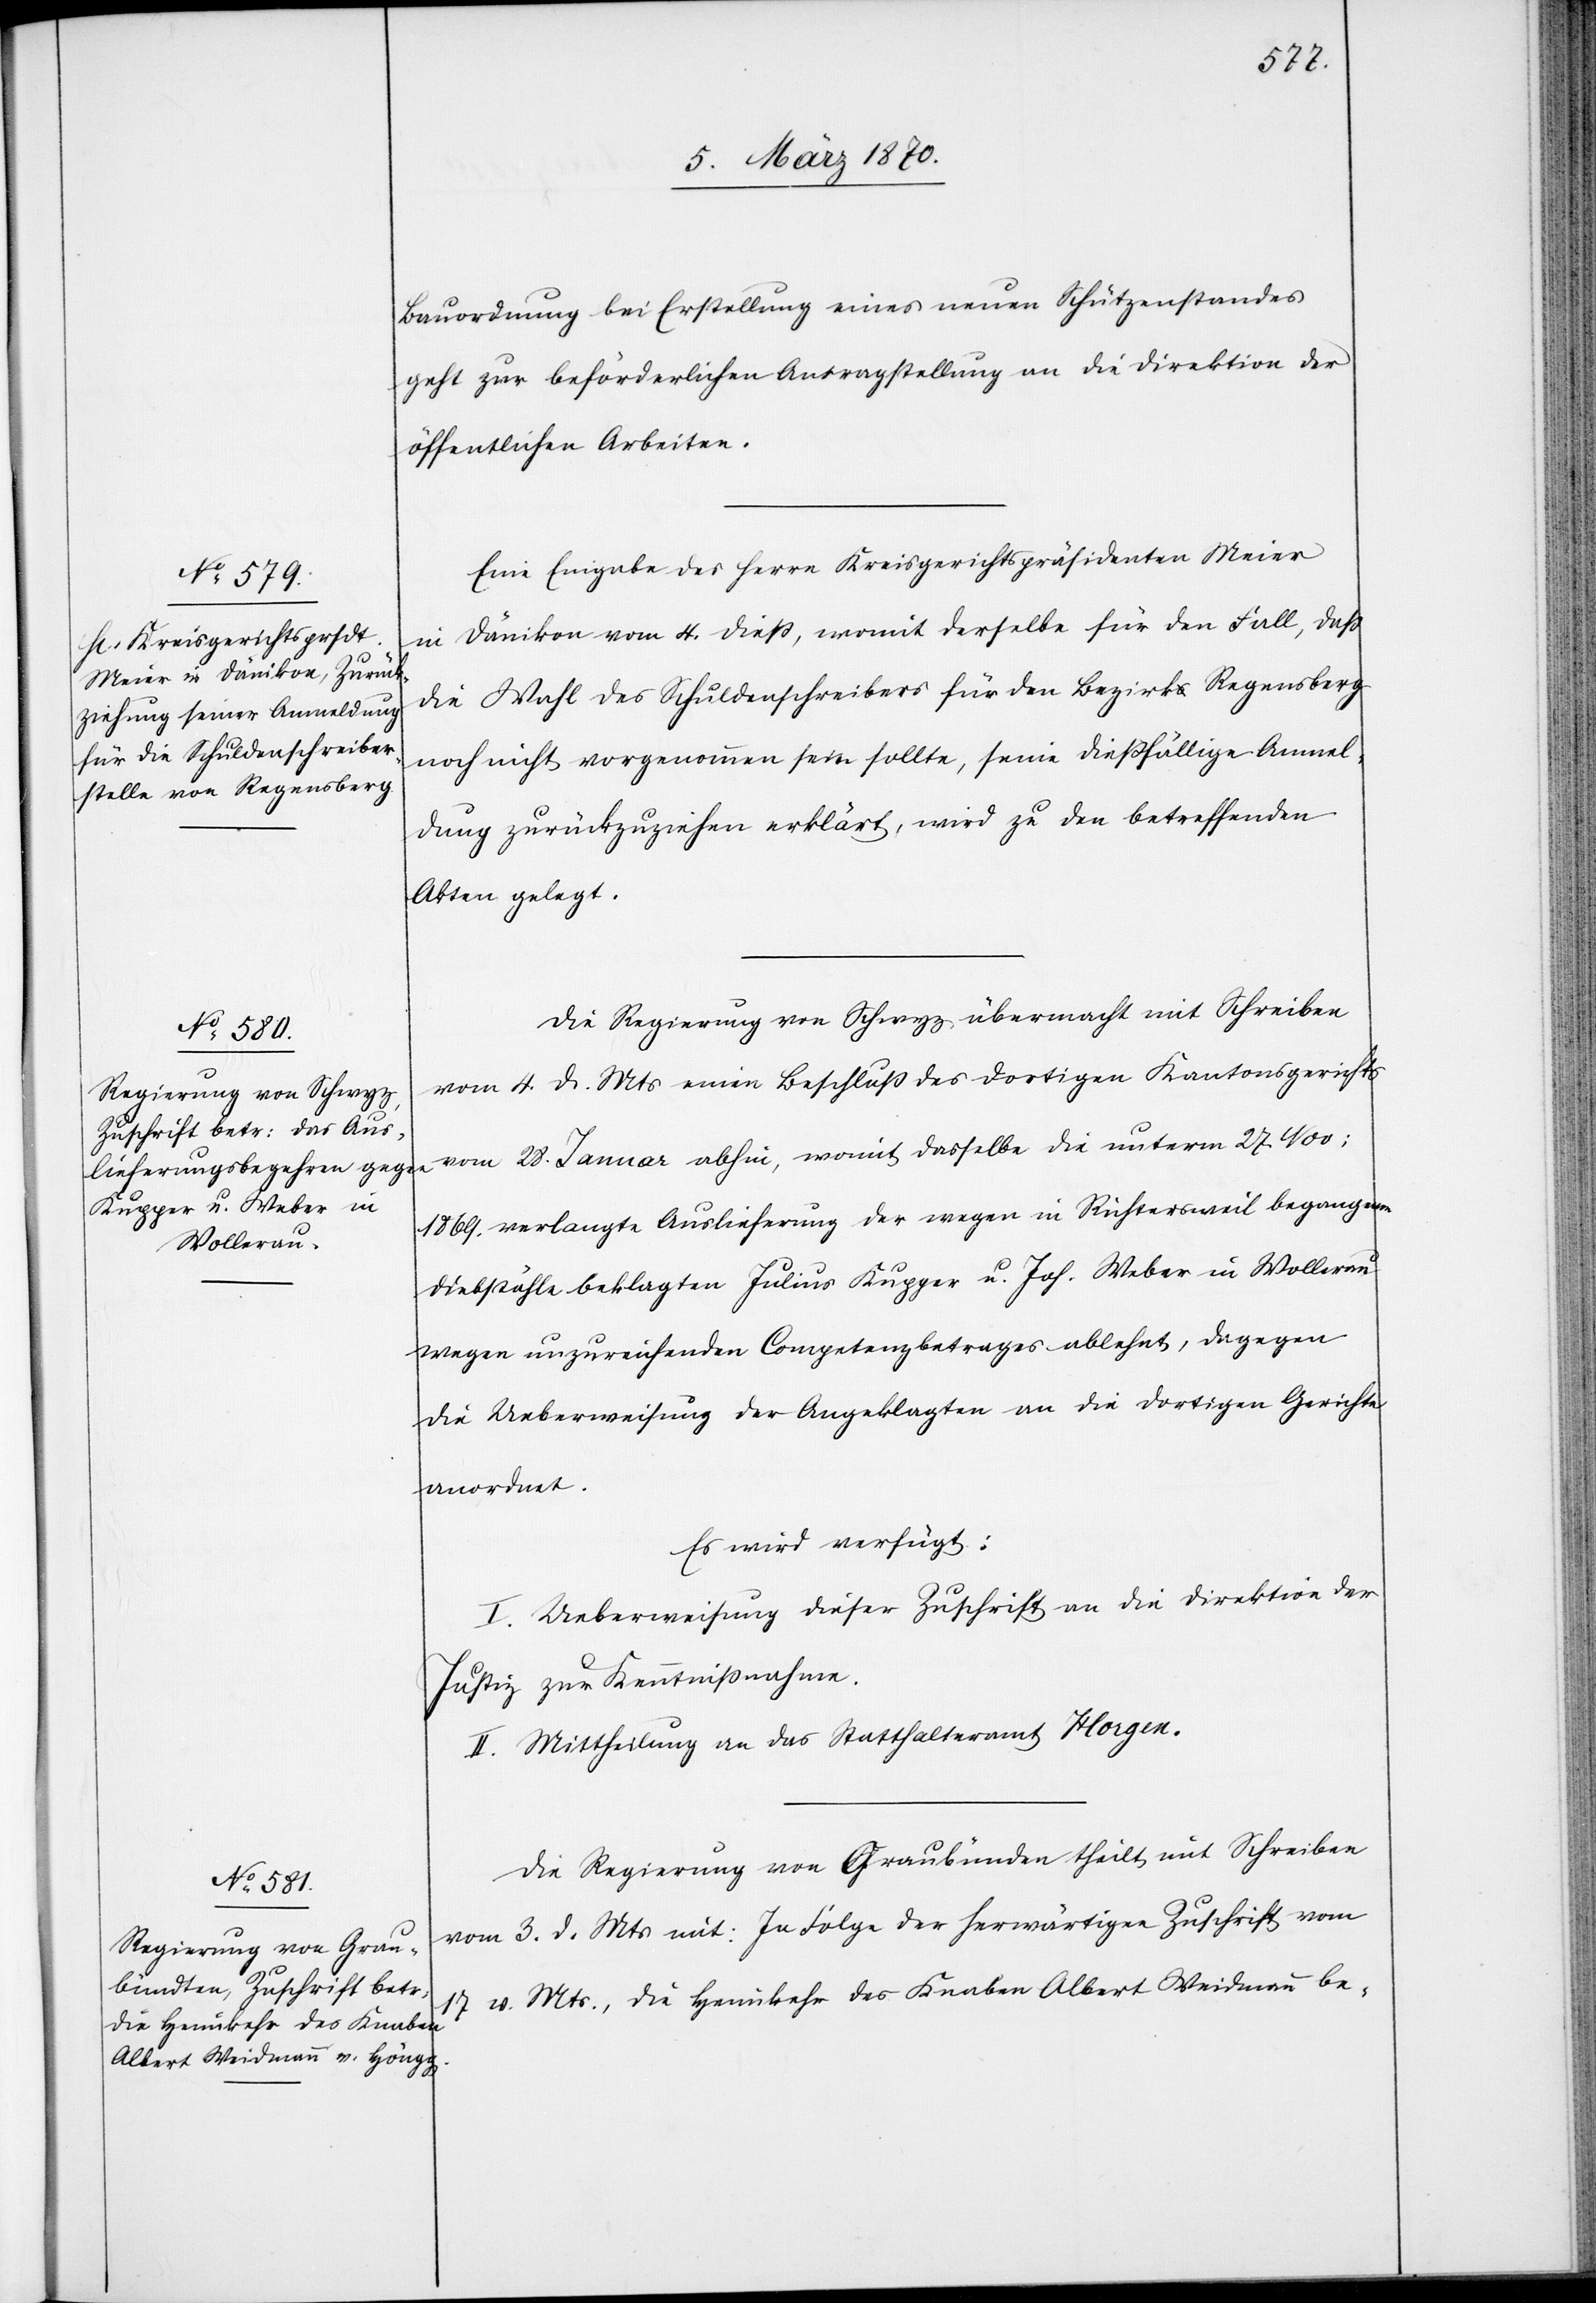
Bauordnung bei Erstellung eines neuen Schützenstandes
geht zur beförderlichen Antragstellung an die Direktion der
öffentlichen Arbeiten.
Eine Eingabe des Herrn Kreisgerichtspräsidenten Meier
in Dänikon vom 4. dieß, womit derselbe für den Fall, daß
die Wahl des Schuldenschreibers für den Bezirk Regensberg
noch nicht vorgenommen sein sollte, seine dießfällige Anmel¬
dung zurückzuziehen erklärt, wird zu den betreffenden
Akten gelegt.
Die Regierung von Schwyz übermacht mit Schreiben
vom 4. d. Mts einen Beschluß des dortigen Kantonsgerichts
vom 28. Januar abhin, womit dasselbe die unterm 27 No¬
v: verlangte Auslieferung der wegen in Richtersweil begangenen
Diebstähle beklagten Julius Kupper u. Joh. Weber in Wollerau
wegen unzureichenden Competenzbetrages ablehnt, dagegen
die Ueberweisung der Angeklagten an die dortigen Gerichte
anordnet.
Es wird verfügt:
I. Ueberweisung dieser Zuschrift an die Direktion der
Justiz zur Kenntnißnahme.
II. Mittheilung an das Statthalteramt Horgen.
Die Regierung von Graubünden [sic!] theilt mit Schreiben
vom 3. d. Mts mit: In Folge der herwärtigen Zuschrift vom
17 v. Mts., die Heimkehr des Knaben Albert Weidmann be-